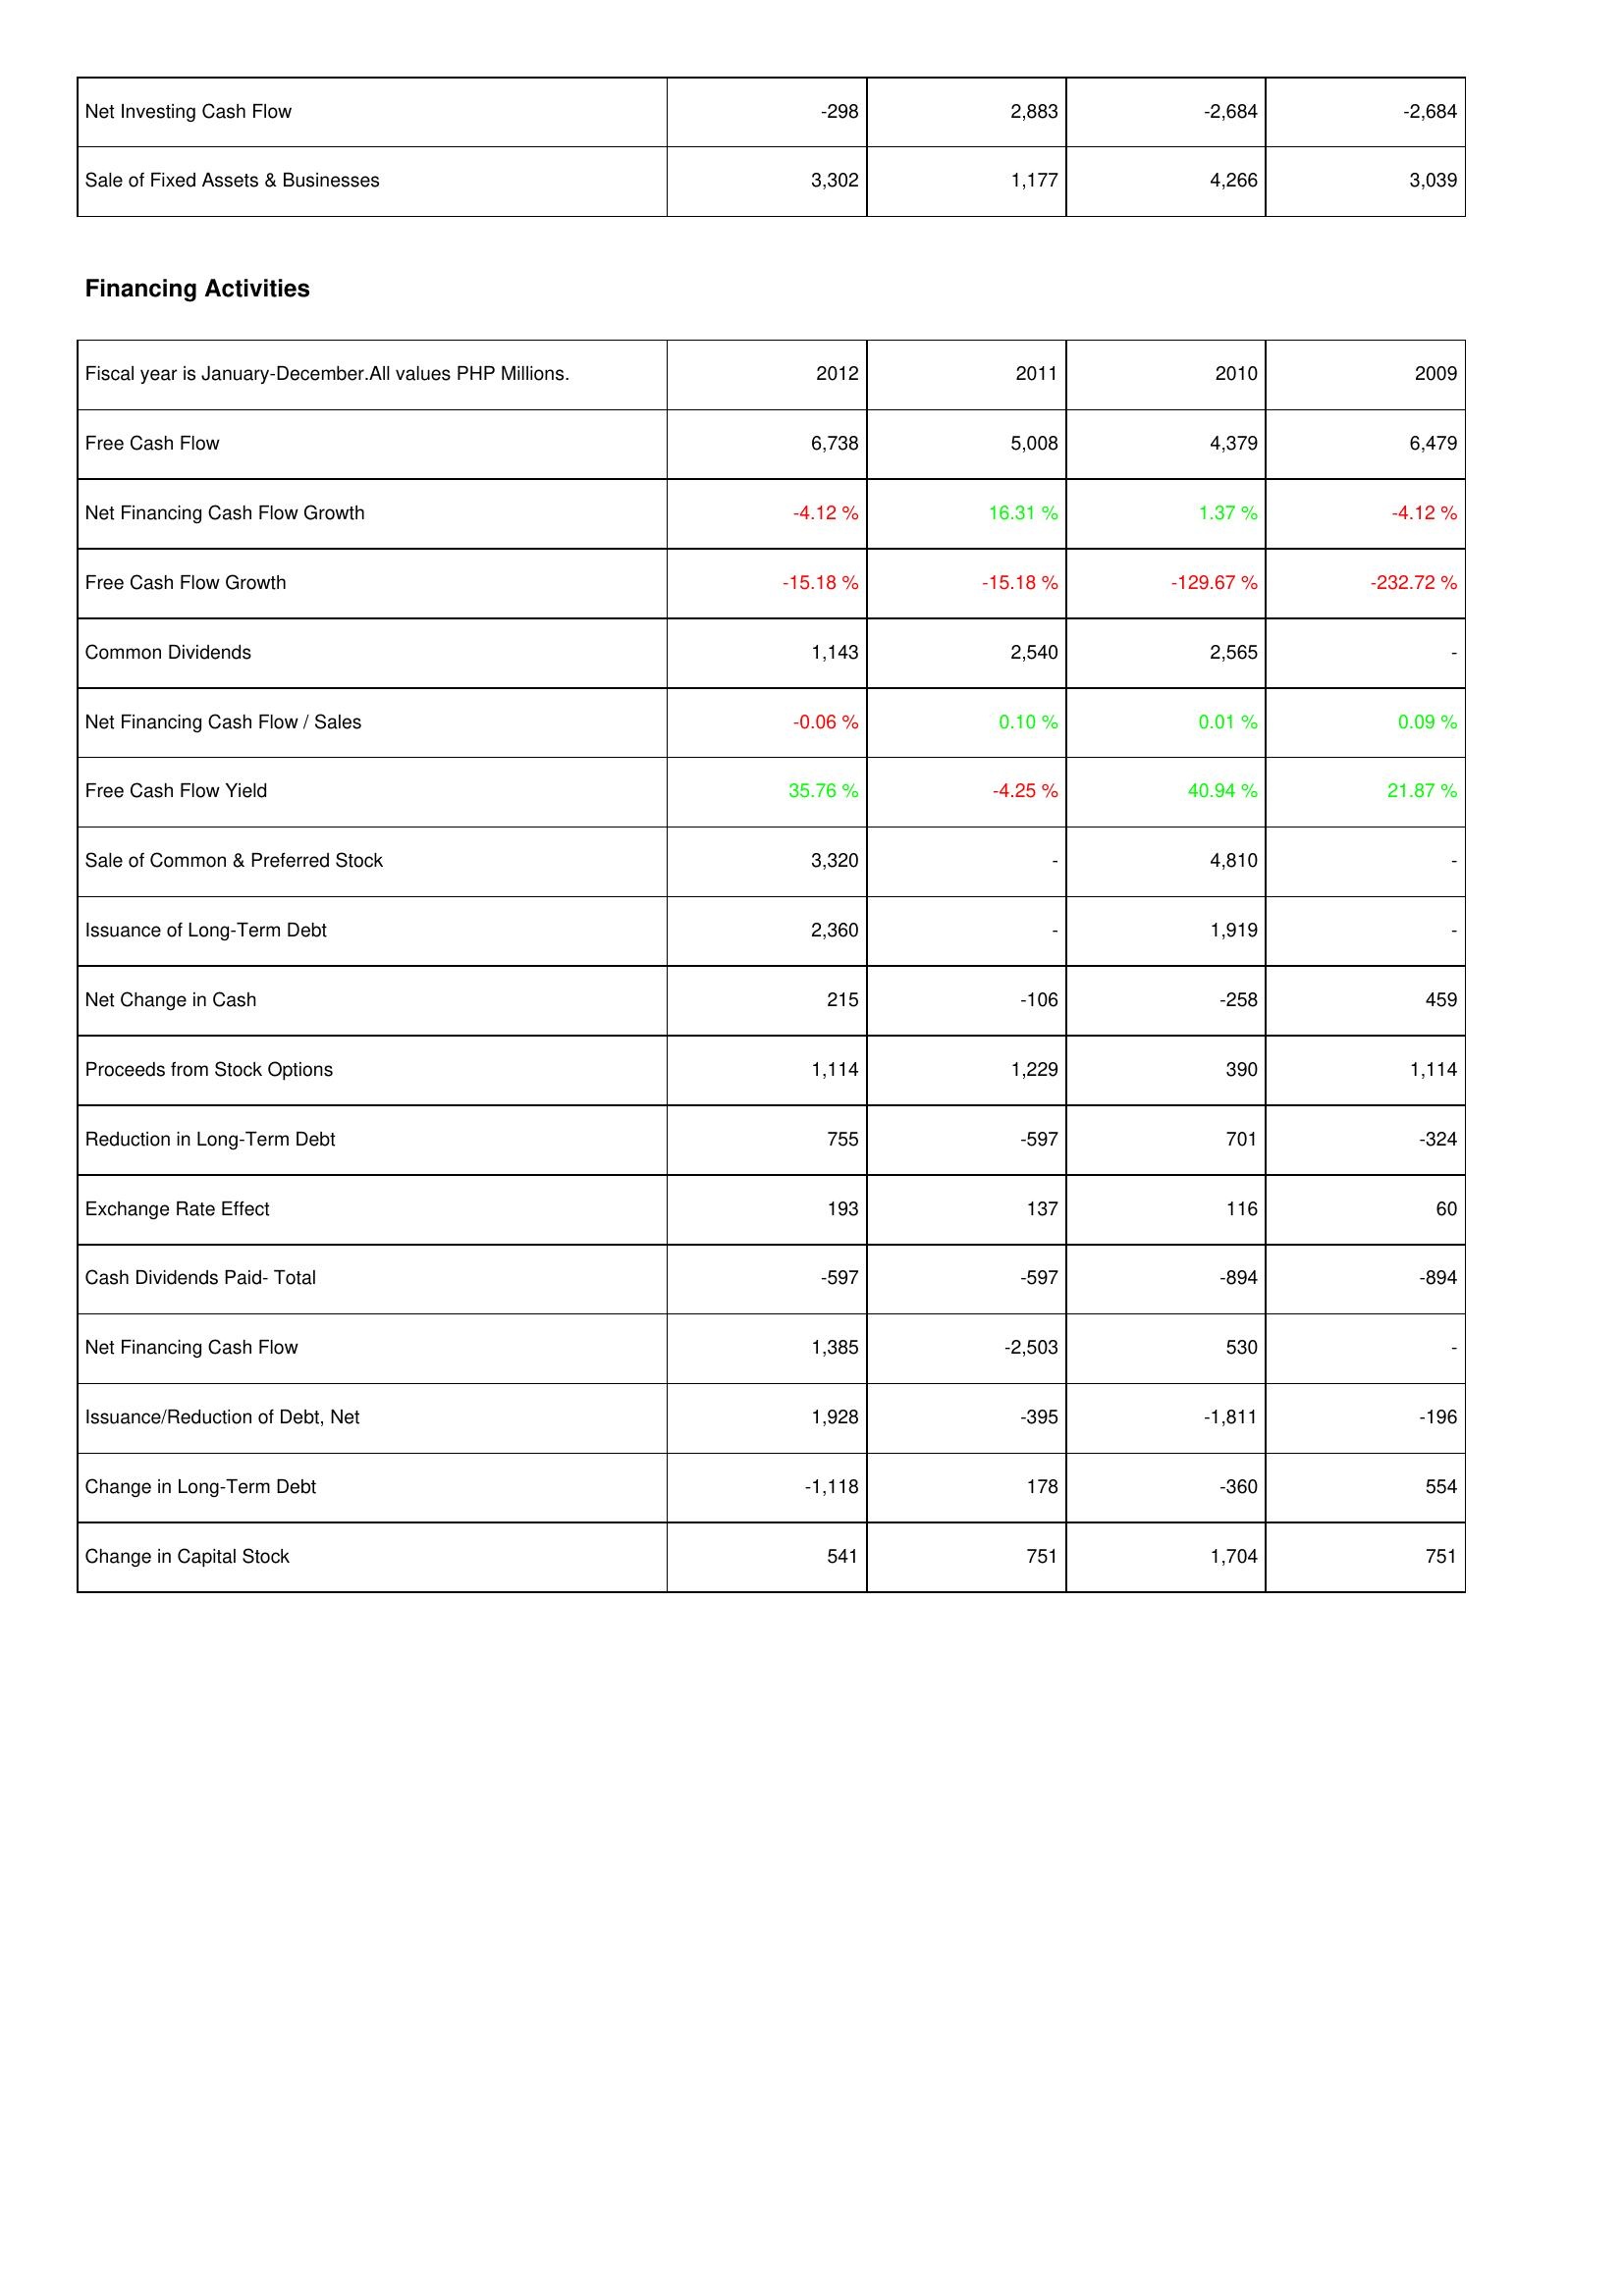
2012: Investing Activities: Net Investing Cash Flow: -298
Sale of Fixed Assets & Businesses: 3,302
Financing Activities: Free Cash Flow: 6,738
Net Financing Cash Flow Growth: -4.12 %
Free Cash Flow Growth: -15.18 %
Common Dividends: 1,143
Net Financing Cash Flow / Sales: -0.06 %
Free Cash Flow Yield: 35.76 %
Sale of Common & Preferred Stock: 3,320
Issuance of Long-Term Debt: 2,360
Net Change in Cash: 215
Proceeds from Stock Options: 1,114
Reduction in Long-Term Debt: 755
Exchange Rate Effect: 193
Cash Dividends Paid- Total: -597
Net Financing Cash Flow: 1,385
Issuance/Reduction of Debt, Net: 1,928
Change in Long-Term Debt: -1,118
Change in Capital Stock: 541
2011: Investing Activities: Net Investing Cash Flow: 2,883
Sale of Fixed Assets & Businesses: 1,177
Financing Activities: Free Cash Flow: 5,008
Net Financing Cash Flow Growth: 16.31 %
Free Cash Flow Growth: -15.18 %
Common Dividends: 2,540
Net Financing Cash Flow / Sales: 0.10 %
Free Cash Flow Yield: -4.25 %
Sale of Common & Preferred Stock: -
Issuance of Long-Term Debt: -
Net Change in Cash: -106
Proceeds from Stock Options: 1,229
Reduction in Long-Term Debt: -597
Exchange Rate Effect: 137
Cash Dividends Paid- Total: -597
Net Financing Cash Flow: -2,503
Issuance/Reduction of Debt, Net: -395
Change in Long-Term Debt: 178
Change in Capital Stock: 751
2010: Investing Activities: Net Investing Cash Flow: -2,684
Sale of Fixed Assets & Businesses: 4,266
Financing Activities: Free Cash Flow: 4,379
Net Financing Cash Flow Growth: 1.37 %
Free Cash Flow Growth: -129.67 %
Common Dividends: 2,565
Net Financing Cash Flow / Sales: 0.01 %
Free Cash Flow Yield: 40.94 %
Sale of Common & Preferred Stock: 4,810
Issuance of Long-Term Debt: 1,919
Net Change in Cash: -258
Proceeds from Stock Options: 390
Reduction in Long-Term Debt: 701
Exchange Rate Effect: 116
Cash Dividends Paid- Total: -894
Net Financing Cash Flow: 530
Issuance/Reduction of Debt, Net: -1,811
Change in Long-Term Debt: -360
Change in Capital Stock: 1,704
2009: Investing Activities: Net Investing Cash Flow: -2,684
Sale of Fixed Assets & Businesses: 3,039
Financing Activities: Free Cash Flow: 6,479
Net Financing Cash Flow Growth: -4.12 %
Free Cash Flow Growth: -232.72 %
Common Dividends: -
Net Financing Cash Flow / Sales: 0.09 %
Free Cash Flow Yield: 21.87 %
Sale of Common & Preferred Stock: -
Issuance of Long-Term Debt: -
Net Change in Cash: 459
Proceeds from Stock Options: 1,114
Reduction in Long-Term Debt: -324
Exchange Rate Effect: 60
Cash Dividends Paid- Total: -894
Net Financing Cash Flow: -
Issuance/Reduction of Debt, Net: -196
Change in Long-Term Debt: 554
Change in Capital Stock: 751